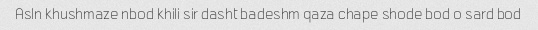
Asln khushmaze nbod khili sir dasht badeshm qaza chape shode bod o sard bod